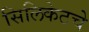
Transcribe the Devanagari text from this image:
सिलिकेटचे